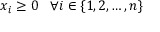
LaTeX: x _ { i } \geq 0 \; \; \; \forall i \in \{ 1 , 2 , \ldots , n \}